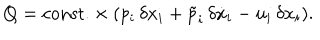
Q = \mathrm { c o n s t . } \times ( p _ { i } \, \delta x _ { i } + \tilde { p } _ { i } \, \delta \dot { x } _ { i } - u _ { i } \, \delta x _ { i } ) .